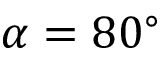
\alpha = 8 0 ^ { \circ }